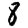
Digit: 8